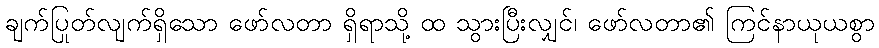
ချက်ပြုတ်လျက်ရှိသော ဖော်လတာ ရှိရာသို့ ထ သွားပြီးလျှင်၊ ဖော်လတာ၏ ကြင်နာယုယစွာ